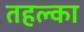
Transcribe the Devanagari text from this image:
तहल्‍का